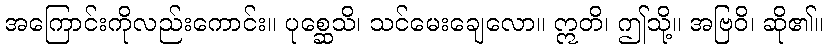
အကြောင်းကိုလည်းကောင်း။ ပုစ္ဆေသိ၊ သင်မေးချေလော။ ဣတိ၊ ဤသို့။ အဗြဝိ၊ ဆို၏။